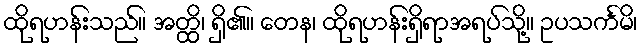
ထိုရဟန်းသည်။ အတ္ထိ၊ ရှိ၏။ တေန၊ ထိုရဟန်းရှိရာအရပ်သို့။ ဥပသင်္ကမိ၊